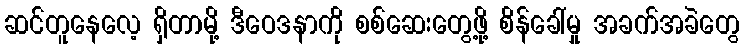
ဆင်တူနေလေ့ ရှိတာမို့ ဒီဝေဒနာကို စစ်ဆေးတွေ့ဖို့ စိန်ခေါ်မှု အခက်အခဲတွေ